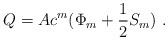
\begin{align*}Q = A c^{m} (\Phi_{m} + \frac{1}{2} S_{m})~.\end{align*}